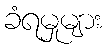
ခံရမှုများ